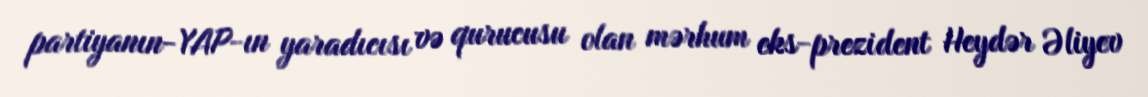
partiyanın-YAP-ın yaradıcısı və qurucusu olan mərhum eks-prezident Heydər Əliyev